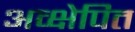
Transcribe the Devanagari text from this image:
अव्क्षेपित